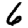
Digit: 6